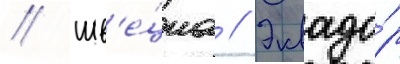
// Шв'е́циа // Эквадо́р